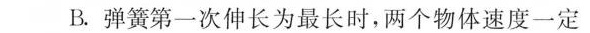
B.弹簧第一次伸长为最长时，两个物体速度一定